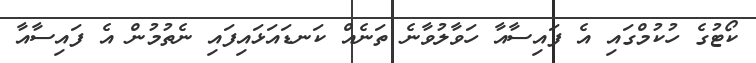
ކޯޓުގެ ހުކުމްގައި އެ ފައިސާއާ ހަވާލުވާނެ ތަނެއް ކަނޑައަޅައިފައި ނެތުމުން އެ ފައިސާއާ